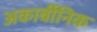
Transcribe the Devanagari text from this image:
अकार्बीनिक